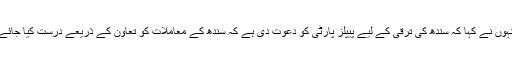
انہوں نے کہا کہ سندھ کی ترقی کے لیے پیپلز پارٹی کو دعوت دی ہے کہ سندھ کے معاملات کو تعاون کے ذریعے درست کیا جائے۔